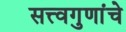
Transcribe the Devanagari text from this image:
सत्त्वगुणांचे